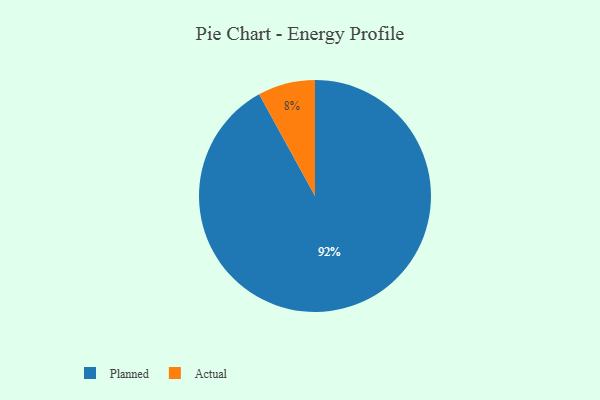
{"axis": {"x": "Category", "y": "Percentage"}, "legend": ["Actual", "Planned"], "data": [{"x": "Actual", "y": 8, "type": "Actual"}, {"x": "Planned", "y": 92, "type": "Planned"}]}